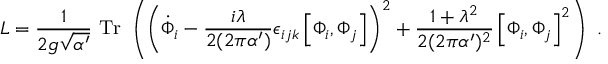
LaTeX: { \cal L } = { \frac { 1 } { 2 g \sqrt { \alpha ^ { \prime } } } } ~ \mathrm { T r } ~ \left( \left( { \dot { \Phi } } _ { i } - { \frac { i \lambda } { 2 ( 2 \pi \alpha ^ { \prime } ) } } \epsilon _ { i j k } \left[ \Phi _ { i } , \Phi _ { j } \right] \right) ^ { 2 } + { \frac { 1 + \lambda ^ { 2 } } { 2 ( 2 \pi \alpha ^ { \prime } ) ^ { 2 } } } \left[ \Phi _ { i } , \Phi _ { j } \right] ^ { 2 } \right) ~ .